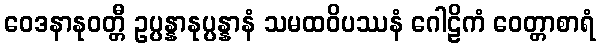
ဝေဒနာနုဝတ္တီ ဥပ္ပန္နာနုပ္ပန္နာနံ သမထဝိပဿနံ ဂေါဠိကံ ဝေတ္တာစာရံ